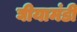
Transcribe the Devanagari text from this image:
घीयामंडी